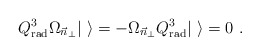
\begin{align*}Q_{\rm rad}^3 \Omega_{\vec{n}_{\bot}} |\ \rangle =- \Omega_{\vec{n}_{\bot}} Q_{\rm rad}^3 |\ \rangle = 0 \ .\end{align*}